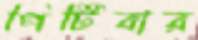
পিটিবার